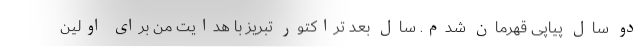
دو سال پیاپی قهرمان شدم. سال بعد تراکتور تبریز با هدایت من برای اولین